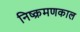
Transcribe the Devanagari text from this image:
निष्क्रमणकाल